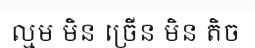
ល្មម មិន ច្រើន មិន តិច